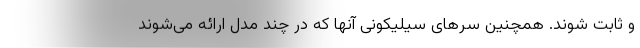
و ثابت شوند. همچنین سرهای سیلیکونی آنها که در چند مدل ارائه می‌شوند